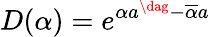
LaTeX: D(\alpha)=e^{\alpha a^{\dag}-\overline{{\alpha}}a}